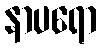
နာပရော